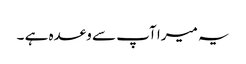
یہ میرا آپ سے وعدہ ہے ۔